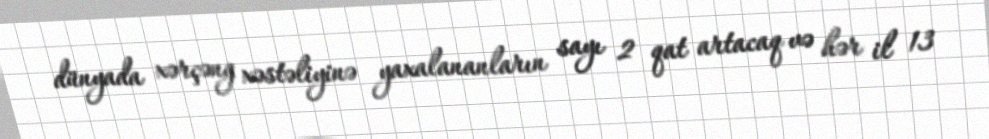
dünyada xərçəng xəstəliyinə yaxalananların sayı 2 qat artacaq və hər il 13